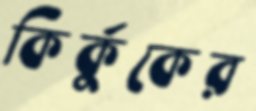
কির্কুকের